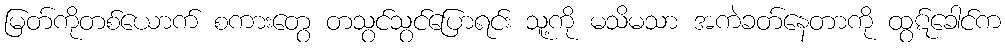
မြတ်ကိုတစ်ယောက် စကားတွေ တသွင်သွင်ပြောရင်း သူ့ကို မသိမသာ အကဲခတ်နေတာကို ထွဋ်ခေါင်က